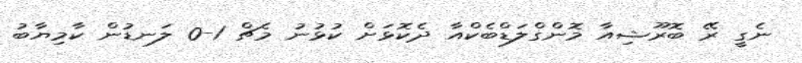
ނެގީ ރޭ ބޮރޫޝިއާ މޮންގްލަޑްބެކްއާ ދެކޮޅަށް ކުޅުނު މެޗް 1-0 ލަނޑުން ކާމިޔާބު